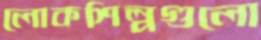
লোকশিল্পগুলো